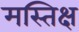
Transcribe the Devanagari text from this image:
मस्तिक्ष